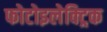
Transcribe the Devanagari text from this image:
फोटोइलेक्ट्रिक